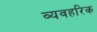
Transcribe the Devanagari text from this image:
व्यवहरिक